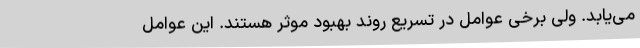
می‌یابد. ولی برخی عوامل در تسریع روند بهبود موثر هستند. این عوامل